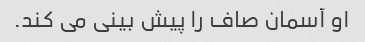
او آسمان صاف را پیش بینی می کند.